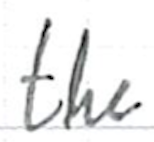
Text: the
Cross-out: clean
Writing tool: ballpoint